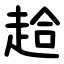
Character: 䞩